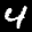
Label: 4